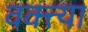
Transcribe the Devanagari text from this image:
वक्त्त्या